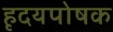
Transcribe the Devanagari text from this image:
हृदयपोषक